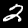
Label: 2